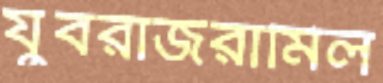
যুবরাজরামিল